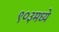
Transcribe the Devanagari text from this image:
९०३मध्ये